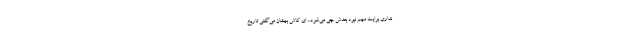
نداری برایت مهم نبود بعدش چی می‌شود... ای کاش بهشان می‌گفتی تاریخ